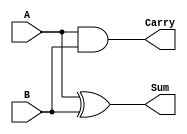
module half_adder (
    input wire A,    // First single-bit input
    input wire B,    // Second single-bit input
    output wire Sum, // Sum output
    output wire Carry // Carry output
);

// Logic for Sum output using XOR gate
assign Sum = A ^ B;

// Logic for Carry output using AND gate
assign Carry = A & B;

endmodule